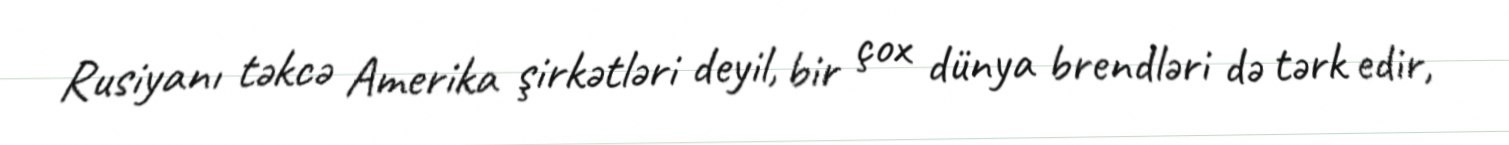
Rusiyanı təkcə Amerika şirkətləri deyil, bir çox dünya brendləri də tərk edir,